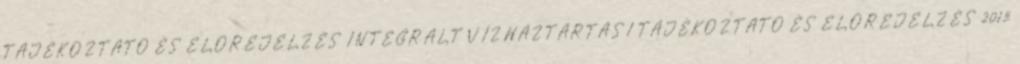
TÁJÉKOZTATÓ ÉS ELŐREJELZÉS INTEGRÁLT VÍZHÁZTARTÁSI TÁJÉKOZTATÓ ÉS ELŐREJELZÉS 2015.